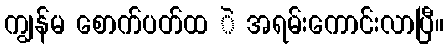
ကျွန်မ စောက်ပတ်ထ ဲ အရမ်းကောင်းလာပြီ။